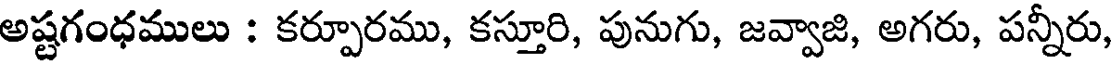
అష్టగంధములు : కర్పూరము, కస్తూరి, పునుగు, జవ్వాజి, అగరు, పన్నీరు,